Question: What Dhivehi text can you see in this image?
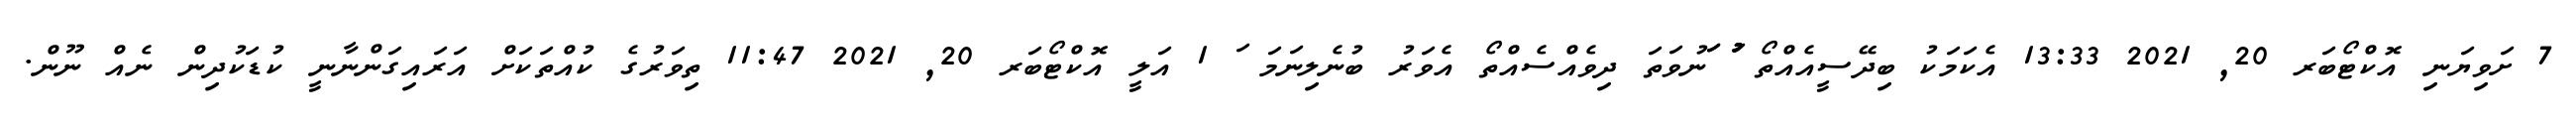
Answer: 7 ށަވިޔަނި އޮކްޓޯބަރ 20, 2021 13:33 އެކަމަކު ބިދޭސީއެއްތޯ ުުަުު ަަނުވަތަ ދިވެއްސެއްތޯ އެވަރު ބުނެލިނަމަ ަ 1 އަލީ އޮކްޓޯބަރ 20, 2021 11:47 ތިވަރުގެ ކުއްތަކަށް އަރައިގަންނާނީ ކުޑަކުދިން ނެއް ނޫން.